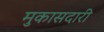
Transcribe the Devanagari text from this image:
मुकासदारी